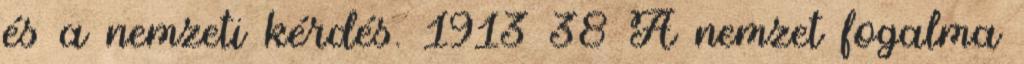
és a nemzeti kérdés. 1913 38 A nemzet fogalma